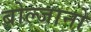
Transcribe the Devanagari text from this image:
बोल्जानो